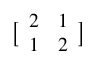
{ \bigl [ } { \begin{array} { l l } { 2 } & { 1 } \\ { 1 } & { 2 } \end{array} } { \bigr ] }